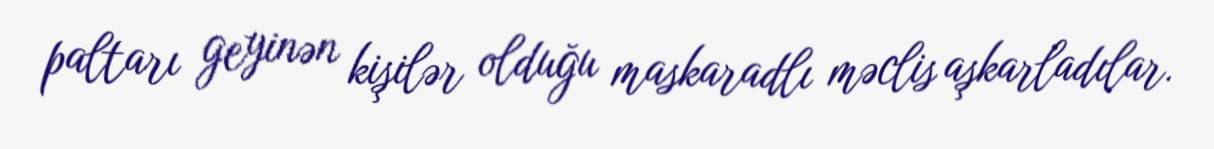
paltarı geyinən kişilər olduğu maskaradlı məclis aşkarladılar.